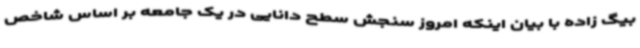
بیگ زاده با بیان اینکه امروز سنجش سطح دانایی در یک جامعه بر اساس شاخص